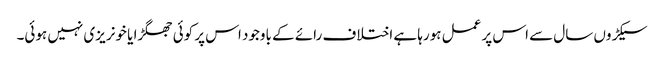
سیکڑوں سال سے اس پر عمل ہورہا ہے اختلاف رائے کے باوجود اس پر کوئی جھگڑا یا خونریزی نہیں ہوئی۔